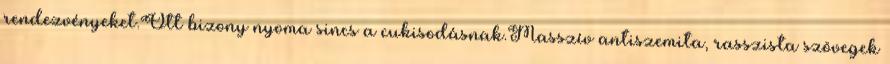
rendezvényeket.Ott bizony nyoma sincs a cukisodásnak.Masszív antiszemita, rasszista szövegek